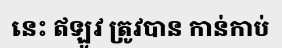
នេះ ឥឡូវ ត្រូវបាន កាន់កាប់